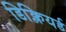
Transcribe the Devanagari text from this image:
डिक्लियर्ड